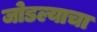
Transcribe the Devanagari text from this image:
जोडल्याचा